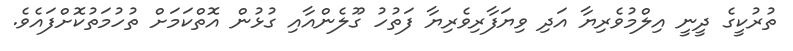
ތުރުކީގެ ދީނީ އިލްމުވެރިޔާ އަދި ވިޔަފާރިވެރިޔާ ފަތުހު ގޫލެންއާއި ގުޅުން އޮތްކަމަށް ތުހުމަތުކޮށްފައެވެ.